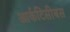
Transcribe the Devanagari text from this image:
आर्कटिसीबस